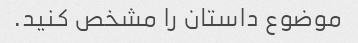
موضوع داستان را مشخص کنید.